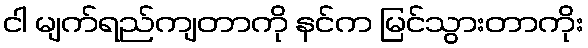
ငါ မျက်ရည်ကျတာကို နင်က မြင်သွားတာကိုး